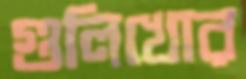
গুলিখোর